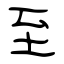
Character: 至